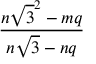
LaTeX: \frac { n { \sqrt { 3 } } ^ { 2 } - m q } { n { \sqrt { 3 } } - n q }